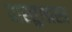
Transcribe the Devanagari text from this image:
वास्‍तुशास्‍त्र